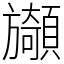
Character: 䫯